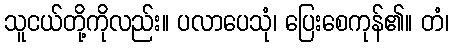
သူငယ်တို့ကိုလည်း။ ပလာပေသုံ၊ ပြေးစေကုန်၏။ တံ၊